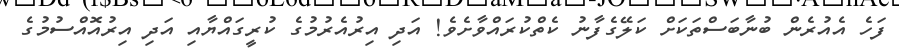
ފަހެ އެއުރެން ބުނާބަސްތަކަށް ކަލޭގެފާނު ކެތްކުރައްވާށެވެ! އަދި އިރުއެރުމުގެ ކުރީގައްޔާއި އަދި އިރުއޮއްސުމުގެ